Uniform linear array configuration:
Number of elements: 12
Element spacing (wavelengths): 0.5
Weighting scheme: hann
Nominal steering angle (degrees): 60
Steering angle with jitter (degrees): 58.617
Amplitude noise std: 0.05
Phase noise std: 0.05

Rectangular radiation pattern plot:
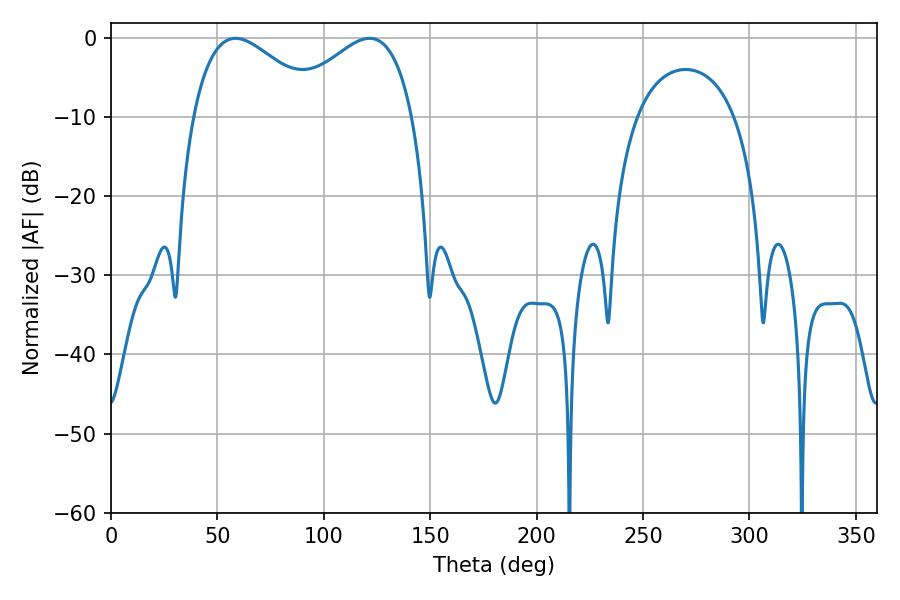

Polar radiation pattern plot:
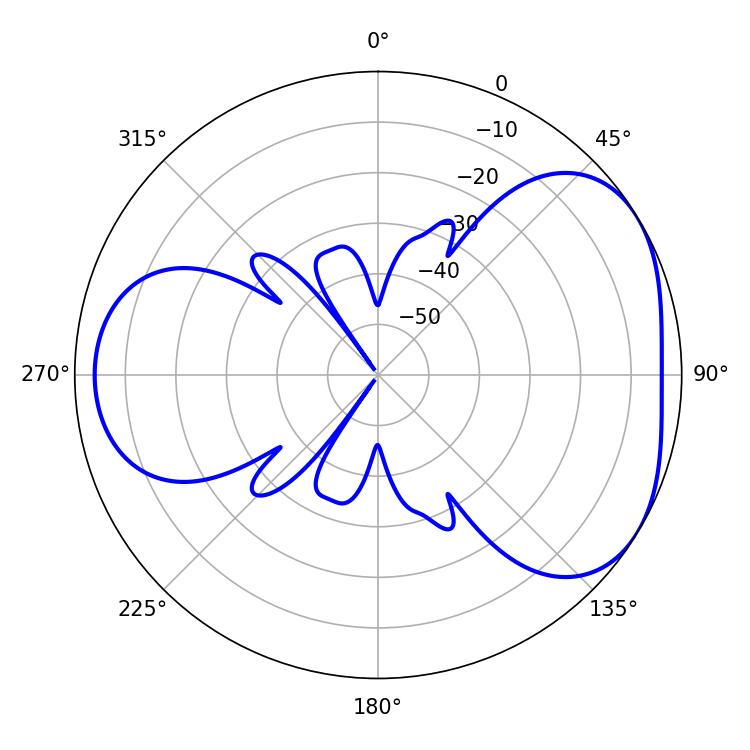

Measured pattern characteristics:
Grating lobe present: FALSE
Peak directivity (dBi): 4.131
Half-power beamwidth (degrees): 32.58
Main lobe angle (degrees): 58.5